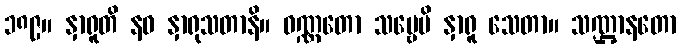
၁၈၉။ နှာရူတိ နဝ နှာရုသတာနိ။ ဝဏ္ဏတော သဗ္ဗေပိ နှာရူ သေတာ။ သဏ္ဌာနတော